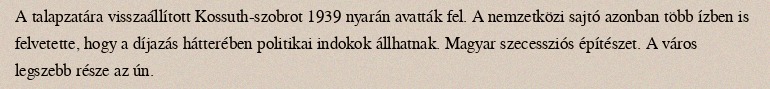
A talapzatára visszaállított Kossuth-szobrot 1939 nyarán avatták fel. A nemzetközi sajtó azonban több ízben is felvetette, hogy a díjazás hátterében politikai indokok állhatnak. Magyar szecessziós építészet. A város legszebb része az ún.